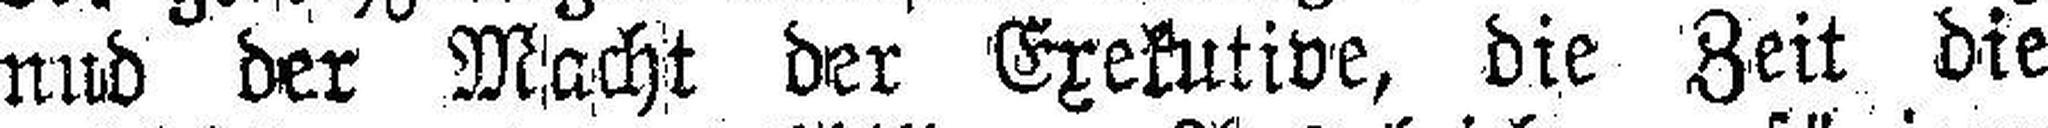
nud der Macht der Exekutive, die Zeit die